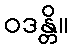
ဝဒန္တိ။